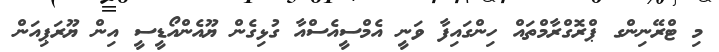
މި ޓްރޭނިންގ ޕްރޮގްރާމްތައް ހިންގައިފާ ވަނީ އެމްސީއެސްއާ ގުޅިގެން ޔޫއެންއޯޑީސީ އިން ޔޫރަޕިއަން